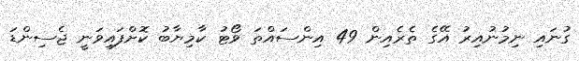
ގުނައި ނިމުނުއިރު އޭގެ ތެރެއިން 49 އިންސައްތަ ވޯޓު ކާމިޔާބު ކޮށްފައިވަނީ ޖެސިންޑަ